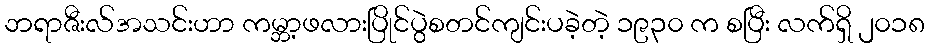
ဘရာဇီးလ်အသင်းဟာ ကမ္ဘာ့ဖလားပြိုင်ပွဲစတင်ကျင်းပခဲ့တဲ့ ၁၉၃၀ က စပြီး လက်ရှိ ၂၀၁၈